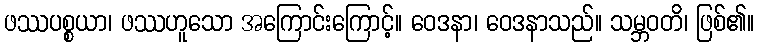
ဖဿပစ္စယာ၊ ဖဿဟူသော အကြောင်းကြောင့်။ ဝေဒနာ၊ ဝေဒနာသည်။ သမ္ဘဝတိ၊ ဖြစ်၏။